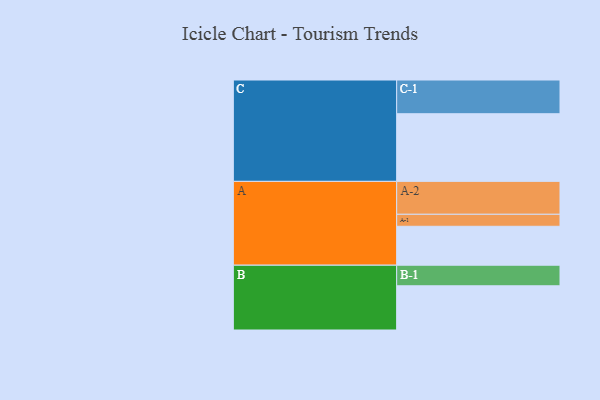
{"axis": {"x": "Segment", "y": "Value"}, "legend": ["", "A", "B", "C"], "data": [{"x": "A", "y": 331, "type": ""}, {"x": "B", "y": 376, "type": ""}, {"x": "C", "y": 575, "type": ""}, {"x": "A-1", "y": 102, "type": "A"}, {"x": "A-2", "y": 280, "type": "A"}, {"x": "B-1", "y": 175, "type": "B"}, {"x": "C-1", "y": 287, "type": "C"}]}